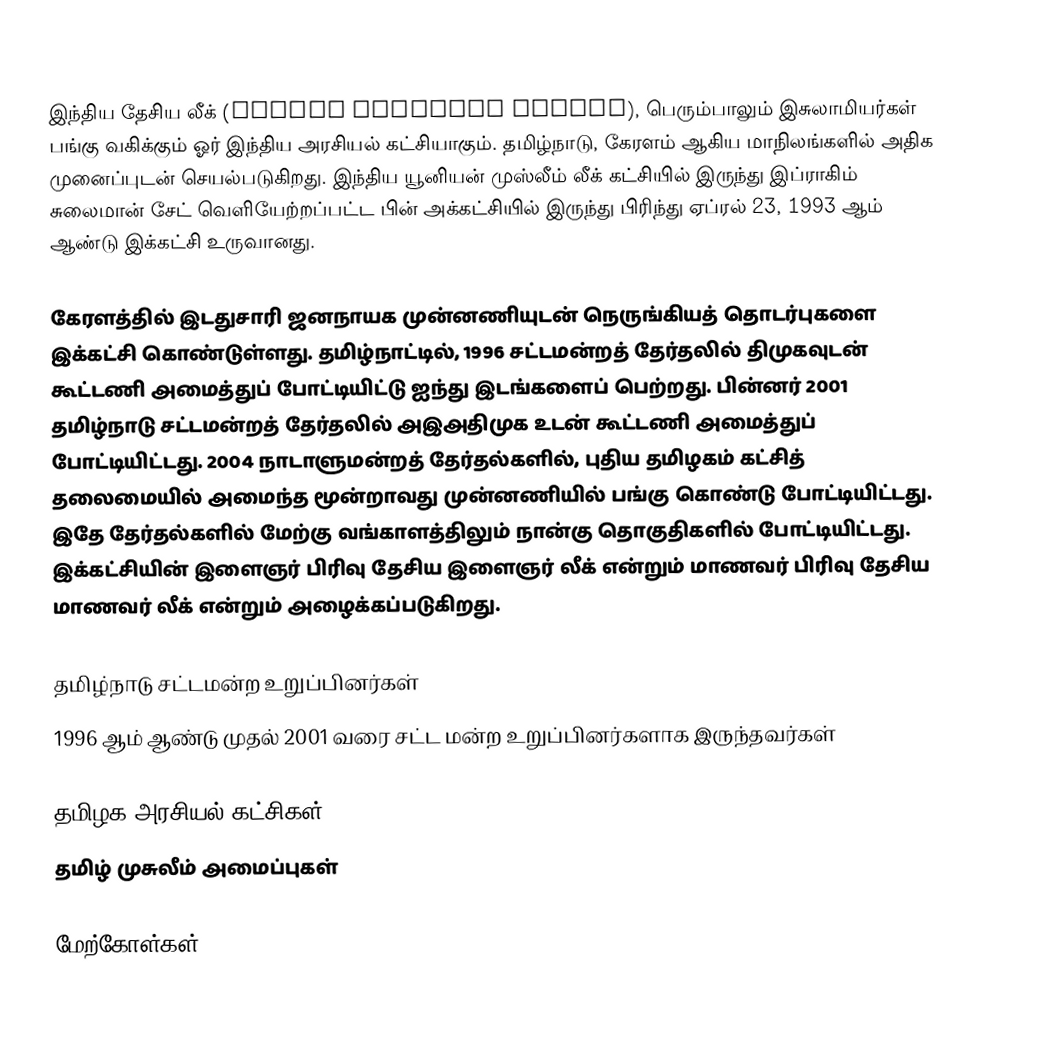
இந்திய தேசிய லீக் (Indian National League), பெரும்பாலும் இசுலாமியர்கள் பங்கு வகிக்கும் ஓர் இந்திய அரசியல் கட்சியாகும். தமிழ்நாடு, கேரளம் ஆகிய மாநிலங்களில் அதிக முனைப்புடன் செயல்படுகிறது. இந்திய யூனியன் முஸ்லீம் லீக் கட்சியில் இருந்து இப்ராகிம் சுலைமான் சேட் வெளியேற்றப்பட்ட பின் அக்கட்சியில் இருந்து பிரிந்து ஏப்ரல் 23, 1993 ஆம் ஆண்டு இக்கட்சி உருவானது.

கேரளத்தில் இடதுசாரி ஜனநாயக முன்னணியுடன் நெருங்கியத் தொடர்புகளை இக்கட்சி கொண்டுள்ளது. தமிழ்நாட்டில், 1996 சட்டமன்றத் தேர்தலில் திமுகவுடன் கூட்டணி அமைத்துப் போட்டியிட்டு ஐந்து இடங்களைப் பெற்றது. பின்னர் 2001 தமிழ்நாடு சட்டமன்றத் தேர்தலில் அஇஅதிமுக உடன் கூட்டணி அமைத்துப் போட்டியிட்டது. 2004 நாடாளுமன்றத் தேர்தல்களில், புதிய தமிழகம் கட்சித் தலைமையில் அமைந்த மூன்றாவது முன்னணியில் பங்கு கொண்டு போட்டியிட்டது. இதே தேர்தல்களில் மேற்கு வங்காளத்திலும் நான்கு தொகுதிகளில் போட்டியிட்டது. இக்கட்சியின் இளைஞர் பிரிவு தேசிய இளைஞர் லீக் என்றும் மாணவர் பிரிவு தேசிய மாணவர் லீக் என்றும் அழைக்கப்படுகிறது.

தமிழ்நாடு சட்டமன்ற உறுப்பினர்கள்
1996 ஆம் ஆண்டு முதல் 2001 வரை சட்ட மன்ற உறுப்பினர்களாக இருந்தவர்கள்

தமிழக அரசியல் கட்சிகள்
தமிழ் முசுலீம் அமைப்புகள்

மேற்கோள்கள்